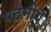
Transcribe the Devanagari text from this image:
पठनीय।